Civil Veterinary Department. Madras. Admin. report 1926-33 - 1926-1933
Year: 1926
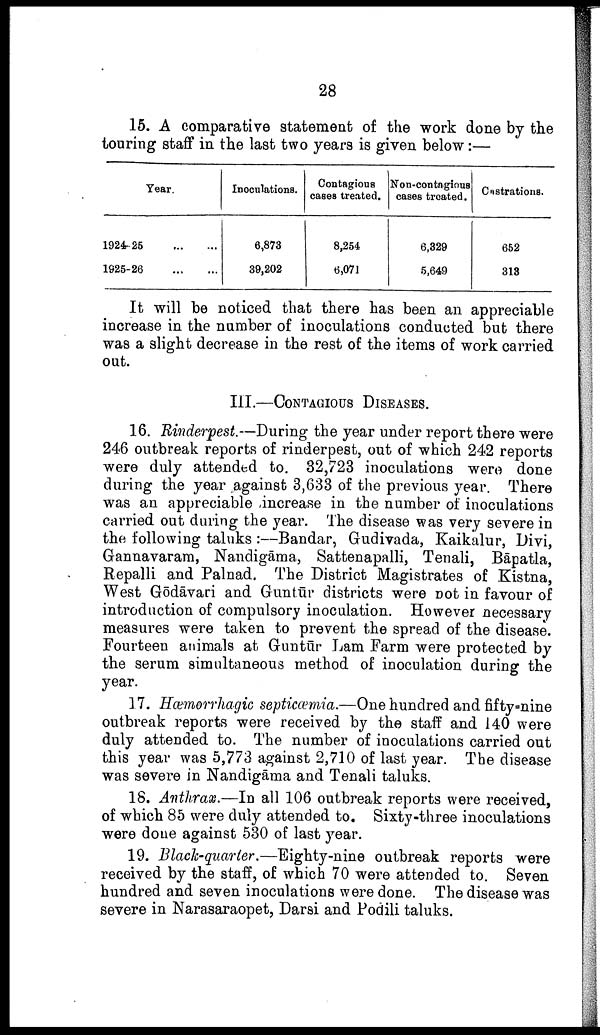
28
15. A comparative statement of the work done by the
touring staff in the last two years is given below:—
Year.
1924-25
...
...
1925-26
...
...
Inoculations.
6,873
39,202
Contagious
cases treated.
8,254
6,071
Non-contagious
cases treated.
6,329
5,649
Castrations.
652
313
It will be noticed that there has been an appreciable
increase in the number of inoculations conducted but there
was a slight decrease in the rest of the items of work carried
out.
III.—CONTAGIOUS DISEASES.
16. Rinderpest.—During the year under report there were
246 outbreak reports of rinderpest, out of which 242 reports
were duly attended to 32,723 inoculations were done
during the year against 3,633 of the previous year. There
was an appreciable increase in the number of inoculations
carried out during the year. The disease was very severe in
the following taluks :—Bandar, Gudivada, Kaikalur, Divi,
Gannavaram, Nandigāma, Sattenapalli, Tenali, Bāpatla,
Repalli and Palnad. The District Magistrates of Kistna,
West Gōdāvari and Guntūr districts were Dot in favour of
introduction of compulsory inoculation. However necessary
measures were taken to prevent the spread of the disease.
Fourteen animals at Guntūr Lam Farm were protected by
the serum simultaneous method of inoculation during the
year.
17. Hæmorrhagic septicæmia.—One hundred and fifty=nine
outbreak reports were received by the staff and 140 were
duly attended to. The number of inoculations carried out
this year was 5,773 against 2,710 of last year. The disease
was severe in Nandigāma and Tenali taluks.
18. Anthrax.—In all 106 outbreak reports were received,
of which 85 were duly attended to. Sixty-three inoculations
were done against 530 of last year.
19. Black-quarter.—Eighty-nine outbreak reports were
received by the staff, of which 70 were attended to. Seven
hundred and seven inoculations were done. The disease was
severe in Narasaraopet, Darsi and Podili taluks.